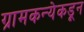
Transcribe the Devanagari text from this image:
ग्रामकन्येकडून